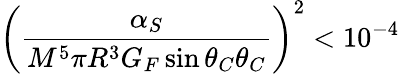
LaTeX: \left({\frac{\alpha_{S}}{M^{5}\pi R^{3}G_{F}\sin\theta_{C}\theta_{C}}}\right)^{2}<10^{-4}